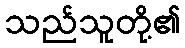
သည်သူတို့၏